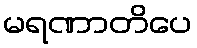
မရဏာတိပေ